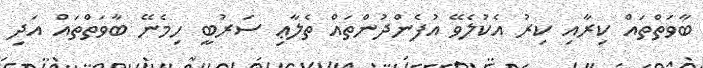
ބާވަތްތައް ކިރާއި ކިރު އެކުލެވޭ އުފެންދުންތައް ތެލާޢި ސަރުބީ ހިމެނޭ ބާވަތްތައް އަދި